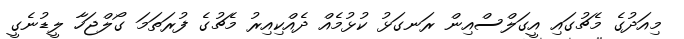
މިއަދުގެ މެޗުގައި އީގަލްސްއިން ރަނގަޅު ކުޅުމެއް ދެއްކިއިރު މެޗުގެ ފުރަތަމަ ގޯލްޖަހާ ލީޑުނެގީ